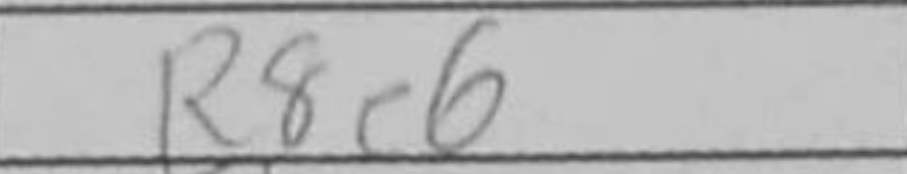
Transcription: R8e6